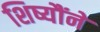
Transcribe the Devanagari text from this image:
शिष्यौंने